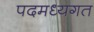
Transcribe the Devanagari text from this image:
पदमध्यगत